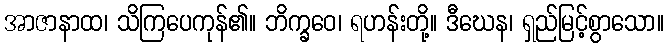
အာဇာနာထ၊ သိကြပေကုန်၏။ ဘိက္ခဝေ၊ ရဟန်းတို့။ ဒီဃေန၊ ရှည်မြင့်စွာသော။